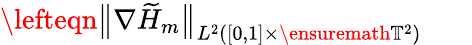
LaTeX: \begin{array}{rl}{\lefteqn{\bigl\| \nabla\widetilde{H}_{m}\bigr\| _{L^{2}([0,1]\times\ensuremath{\mathbb{T}}^{2})}}\ \ \ }&{{}}\end{array}